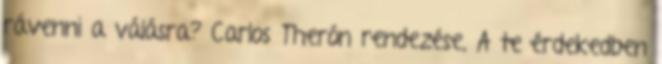
rávenni a válásra? Carlos Therón rendezése, A te érdekedben